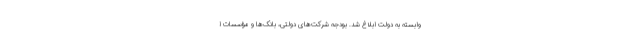
وابسته به دولت ابلاغ شد. بودجه شرکت‌های دولتی، بانک‌ها و مؤسسات ا